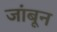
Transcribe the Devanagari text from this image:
जांबून